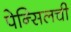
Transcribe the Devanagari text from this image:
पेन्सिलची